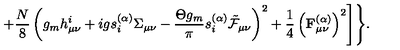
+ \frac { N } { 8 } \left( g _ { m } h _ { \mu \nu } ^ { i } + i g s _ { i } ^ { ( \alpha ) } \Sigma _ { \mu \nu } - \frac { \Theta g _ { m } } { \pi } s _ { i } ^ { ( \alpha ) } \tilde { \cal F } _ { \mu \nu } \right) ^ { 2 } + \frac 1 4 \left( { \bf F } _ { \mu \nu } ^ { ( \alpha ) } \right) ^ { 2 } \Biggr ] \Biggr \} .